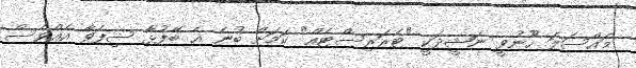
މައްސަލަ ހޫނުވީ ނަޝީދަކީ "ޓެރަރިސްޓެއް" ކަމަށް ބުނެ އެ ބޭފުޅާ ސިފަވާ އެއްވެސް